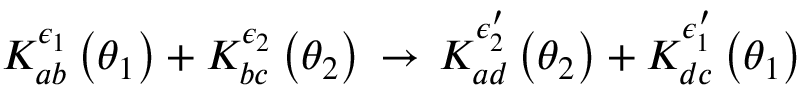
K _ { a b } ^ { \epsilon _ { 1 } } \left( \theta _ { 1 } \right) + K _ { b c } ^ { \epsilon _ { 2 } } \left( \theta _ { 2 } \right) \, \rightarrow \, K _ { a d } ^ { \epsilon _ { 2 } ^ { \prime } } \left( \theta _ { 2 } \right) + K _ { d c } ^ { \epsilon _ { 1 } ^ { \prime } } \left( \theta _ { 1 } \right)